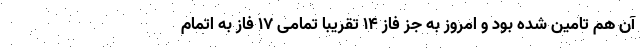
آن هم تامین شده بود و امروز به جز فاز 14 تقریبا تمامی 17 فاز به اتمام